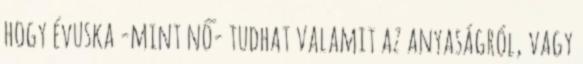
hogy évuska -mint nő- tudhat valamit az anyaságról, vagy